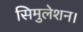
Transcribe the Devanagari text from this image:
सिमुलेशन।